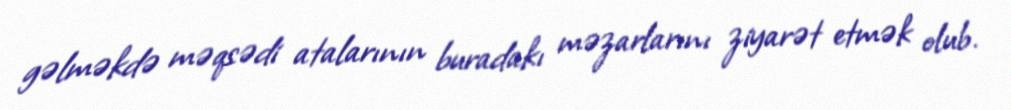
gəlməkdə məqsədi atalarının buradakı məzarlarını ziyarət etmək olub.